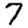
Digit: 7